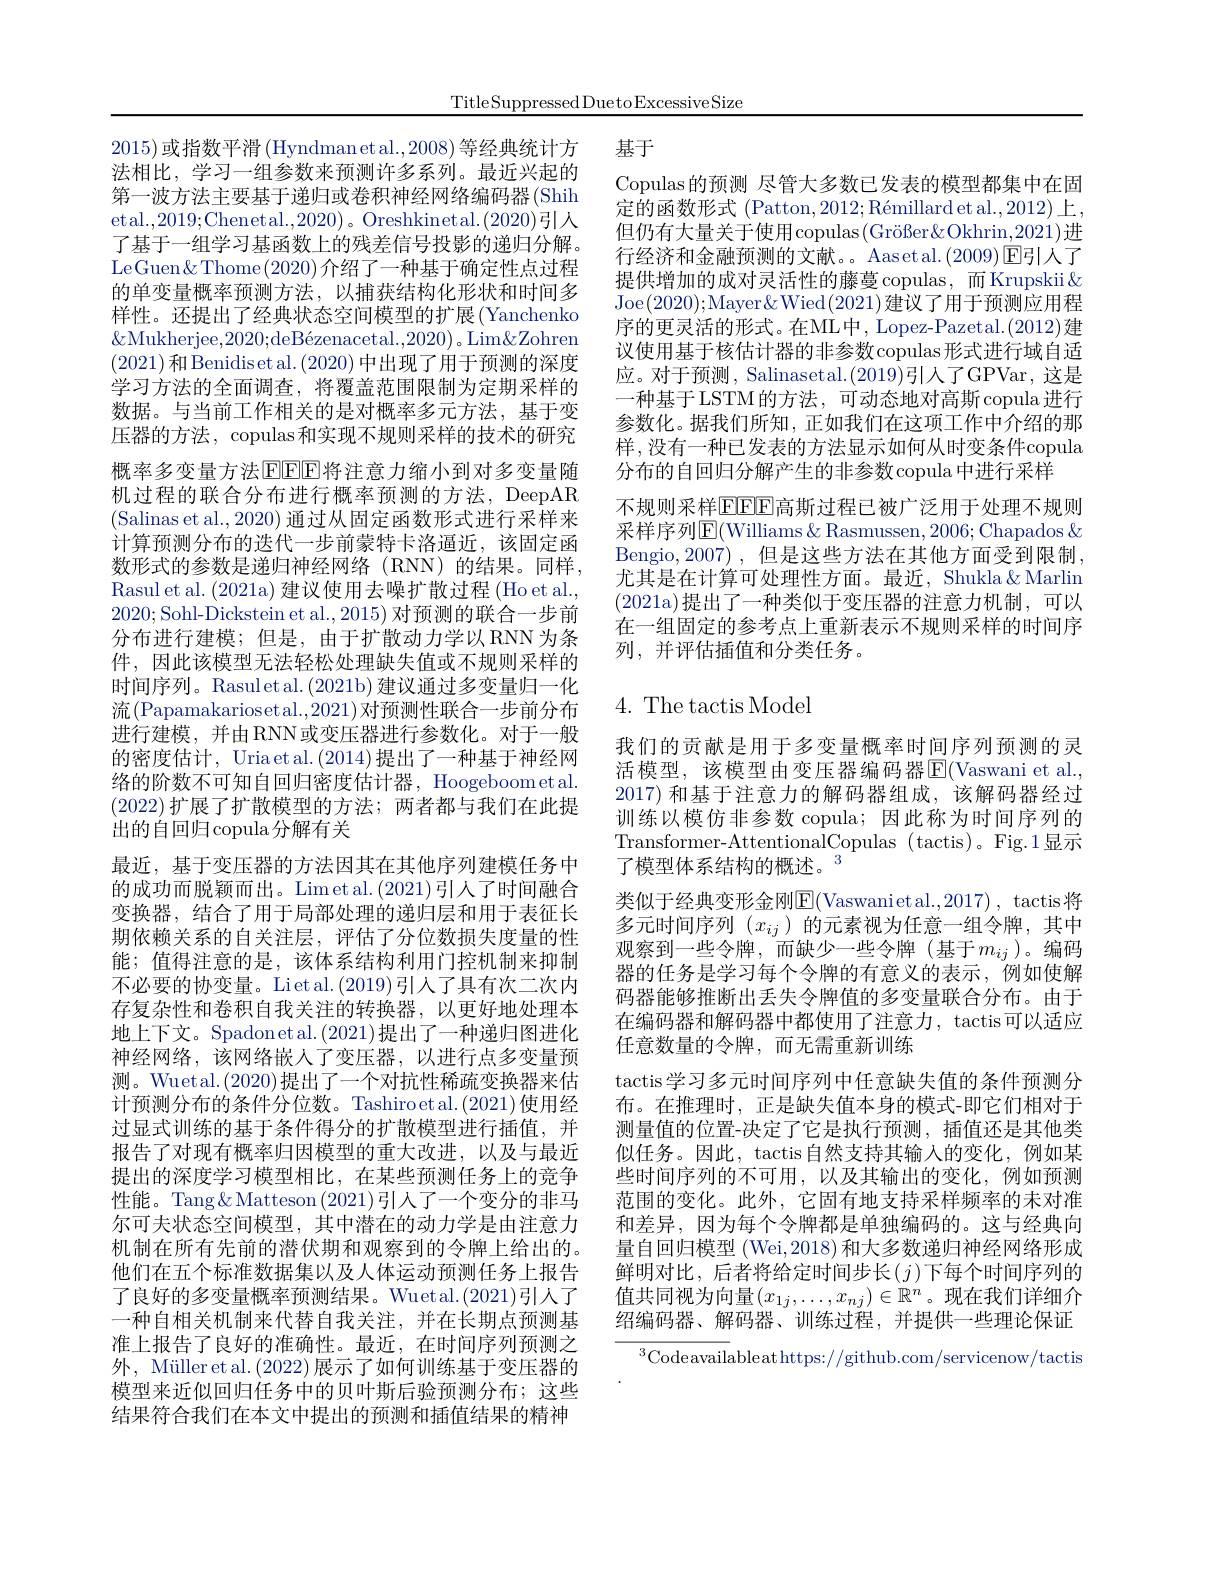
TitleSuppressedDuetoExcessiveSize

# 基于

Copulas的预测 尽管大多数已发表的模型都集中在固定的函数形式 (Patton,2012;Rémillard et al.,2012)上， 但仍有大量关于使用copulas$( \text{Gr\" {o}ß er\& Okhrin}, 2021)$进行经济和金融预测的文献。Aasetal.(2009)$\operatorname{E}$引人了提供增加的成对灵活性的藤蔓copulas，而Krupskii& Joe(2020);Mayer&Wied(2021)建议了用于预测应用程序的更灵活的形式。在ML中，Lopez-Pazetal.(2012)建议使用基于核估计器的非参数copulas形式进行域自适应。对于预测，Salinasetal.(2019)引人了GPVar，这是一种基于LSTM的方法，可动态地对高斯copula进行参数化。据我们所知，正如我们在这项工作中介绍的那样，没有一种已发表的方法显示如何从时变条件copula 分布的自回归分解产生的非参数copula 中进行采样
不规则采样$\overline{\mathrm{FEE}}$高斯过程已被广泛用于处理不规则采样序列$\operatorname{E}($Williams&Rasmussen,2006; Chapados& Bengio,2007) ,但是这些方法在其他方面受到限制， 尤其是在计算可处理性方面。最近，Shukla&Marlin (2021a)提出了一种类似于变压器的注意力机制，可以在一组固定的参考点上重新表示不规则采样的时间序列，并评估插值和分类任务。

# $4.{\mathrm{~The~tactis~Model}}$

2015)或指数平滑$\left(\mathrm{Hyndman~etal.,2008}\right)$等经典统计方法相比，学习一组参数来预测许多系列。最近兴起的第一波方法主要基于递归或卷积神经网络编码器(Shih etal.,2019;Chenetal.,2020)。Oreshkinetal.(2020)引人了基于一组学习基函数上的残差信号投影的递归分解。LeGuen& Thome(2020)介绍了一种基于确定性点过程的单变量概率预测方法，以捕获结构化形状和时间多样性。还提出了经典状态空间模型的扩展(Yanchenko $\&$Mukherjee,2020;deBézenacetal.,2020)。Lim&Zohren (2021)和Benidisetal.(2020)中出现了用于预测的深度学习方法的全面调查，将覆盖范围限制为定期采样的数据。与当前工作相关的是对概率多元方法，基于变压器的方法，copulas和实现不规则采样的技术的研究概率多变量方法$\operatorname{EE}$EEP将注意力缩小到对多变量随机过程的联合分布进行概率预测的方法，DeepAR (Salinas et al., 2020) 通过从固定函数形式进行采样来计算预测分布的迭代一步前蒙特卡洛逼近，该固定函数形式的参数是递归神经网络(RNN)的结果。同样， Rasul et al. (2021a) 建议使用去噪扩散过程 (Ho et al., 2020; Sohl-Dickstein et al., 2015) 对预测的联合一步前分布进行建模；但是，由于扩散动力学以RNN为条件，因此该模型无法轻松处理缺失值或不规则采样的时间序列。Rasulet al.(2021b) 建议通过多变量归一化流(Papamakariosetal.,2021)对预测性联合一步前分布进行建模，并由RNN或变压器进行参数化。对于一般的密度估计，Uria et al. (2014)提出了一种基于神经网络的阶数不可知自回归密度估计器，Hoogeboometal. (2022)扩展了扩散模型的方法；两者都与我们在此提出的自回归copula分解有关
最近，基于变压器的方法因其在其他序列建模任务中的成功而脱颖而出。Limet al.(2021)引人了时间融合变换器，结合了用于局部处理的递归层和用于表征长期依赖关系的自关注层，评估了分位数损失度量的性能；值得注意的是，该体系结构利用门控机制来抑制不必要的协变量。Lietal.(2019)引人了具有次二次内存复杂性和卷积自我关注的转换器，以更好地处理本地上下文。Spadonetal.(2021)提出了一种递归图进化神经网络，该网络嵌人了变压器，以进行点多变量预测。Wuetal.(2020)提出了一个对抗性稀疏变换器来估计预测分布的条件分位数。Tashiroetal.(2021)使用经过显式训练的基于条件得分的扩散模型进行插值，并报告了对现有概率归因模型的重大改进，以及与最近提出的深度学习模型相比，在某些预测任务上的竞争性能。Tang&Matteson(2021)引人了一个变分的非马尔可夫状态空间模型，其中潜在的动力学是由注意力机制在所有先前的潜伏期和观察到的令牌上给出的。他们在五个标准数据集以及人体运动预测任务上报告了良好的多变量概率预测结果。Wuetal.(2021)引人了一种自相关机制来代替自我关注，并在长期点预测基准上报告了良好的准确性。最近，在时间序列预测之外，Müller et al. (2022) 展示了如何训练基于变压器的模型来近似回归任务中的贝叶斯后验预测分布；这些结果符合我们在本文中提出的预测和插值结果的精神

我们的贡献是用于多变量概率时间序列预测的灵活模型，该模型由变压器编码器E$( Vaswani et al. $, 2017)和基于注意力的解码器组成，该解码器经过训练以模仿非参数 copula;因此称为时间序列的Transformer-AttentionalCopulas (tactis)。Fig.1显示了模型体系结构的概述。3
类似于经典变形金刚$\operatorname{E}($Vaswanietal.,2017), tactis将多元时间序列$(x_{ij})$的元素视为任意一组令牌，其中观察到一些令牌，而缺少一些令牌(基于$m_ij$)。编码器的任务是学习每个令牌的有意义的表示，例如使解码器能够推断出丢失令牌值的多变量联合分布。由于在编码器和解码器中都使用了注意力，tactis可以适应任意数量的令牌，而无需重新训练
tactis学习多元时间序列中任意缺失值的条件预测分布。在推理时，正是缺失值本身的模式-即它们相对于测量值的位置-决定了它是执行预测，插值还是其他类似任务。因此，tactis自然支持其输入的变化，例如某些时间序列的不可用，以及其输出的变化，例如预测范围的变化。此外，它固有地支持采样频率的未对准和差异，因为每个令牌都是单独编码的。这与经典向量自回归模型 (Wei,2018)和大多数递归神经网络形成鲜明对比，后者将给定时间步长$(j)$下每个时间序列的值共同视为向量$(x_1j,\ldots,x_{nj})\in\mathbb{R}^n$。现在我们详细介绍编码器、解码器、训练过程，并提供一些理论保证
$^3$Code available at https://github.com/servicenow/tactis